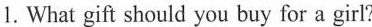
1.What gift should you buy for a girl?